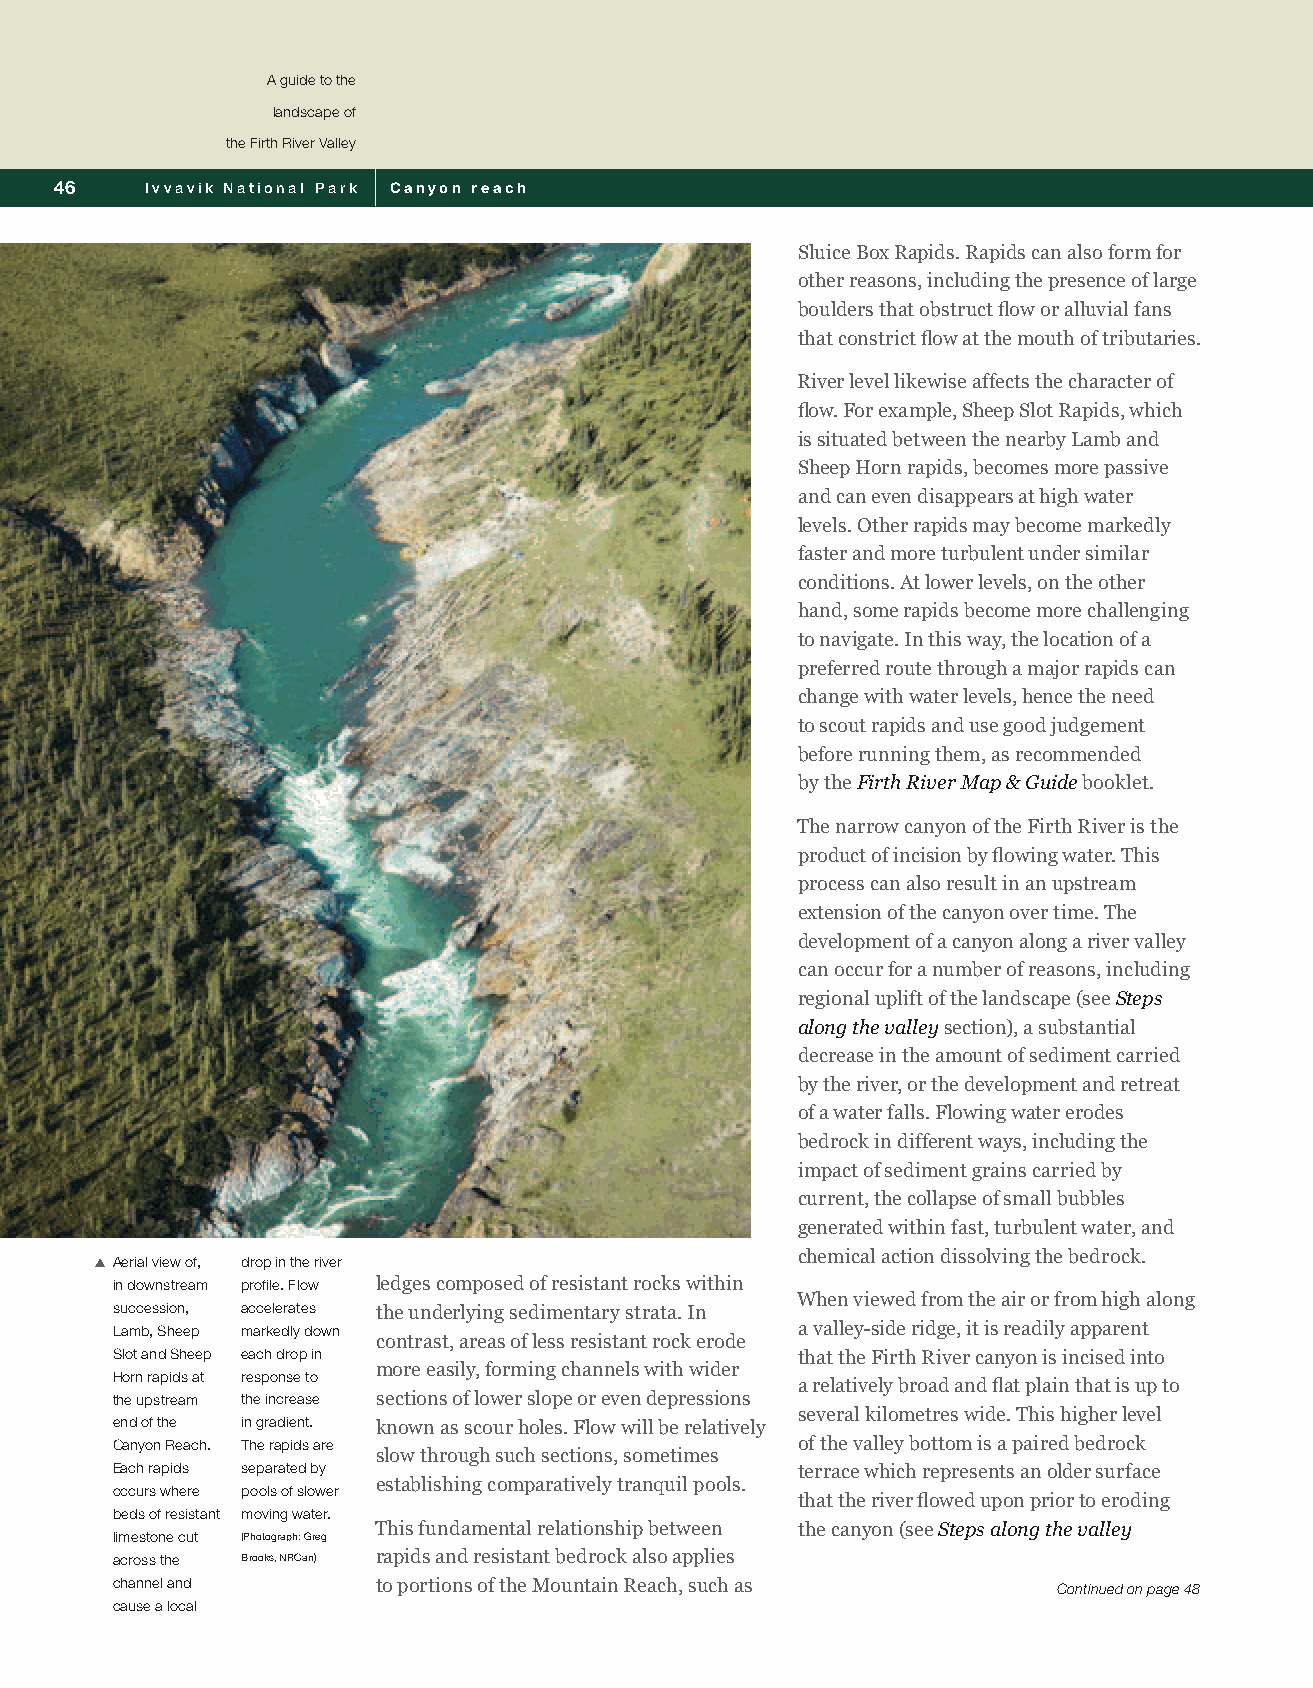
A guide to the
 landscape of
 the Firth River Valley
 46    Ivvavik National Park Canyon reach
 Sluice Box Rapids. Rapids can also form for
 other reasons, including the presence of large
 boulders that obstruct flow or alluvial fans
 that constrict flow at the mouth of tributaries.
 River level likewise affects the character of
 flow. For example, Sheep Slot Rapids, which
 is situated between the nearby Lamb and
 Sheep Horn rapids, becomes more passive
 and can even disappears at high water
 levels. Other rapids may become markedly
 faster and more turbulent under similar
 conditions. At lower levels, on the other
 hand, some rapids become more challenging
 to navigate. In this way, the location of a
 preferred route through a major rapids can
 change with water levels, hence the need
 to scout rapids and use good judgement
 before running them, as recommended
 by the Firth River Map & Guide booklet.
 The narrow canyon of the Firth River is the
 product of incision by flowing water. This
 process can also result in an upstream
 extension of the canyon over time. The
 development of a canyon along a river valley
 can occur for a number of reasons, including
 regional uplift of the landscape (see Steps
 along the valley section), a substantial
 decrease in the amount of sediment carried
 by the river, or the development and retreat
 of a water falls. Flowing water erodes
 bedrock in different ways, including the
 impact of sediment grains carried by
 current, the collapse of small bubbles
 generated within fast, turbulent water, and
 chemical action dissolving the bedrock.
 SXAerial view of, drop in the river
 in downstream profile. Flow ledges composed of resistant rocks within
 When viewed from the air or from high along
 succession, accelerates the underlying sedimentary strata. In
 Lamb, Sheep markedly down                     a valley-side ridge, it is readily apparent
 contrast, areas of less resistant rock erode
 Slot and Sheep each drop in                   that the Firth River canyon is incised into
 more easily, forming channels with wider
 Horn rapids at response to
 a relatively broad and flat plain that is up to
 the upstream the increase sections of lower slope or even depressions
 several kilometres wide. This higher level
 end of the in gradient. known as scour holes. Flow will be relatively
 Canyon Reach. The rapids are                  of the valley bottom is a paired bedrock
 slow through such sections, sometimes
 Each rapids separated by                      terrace which represents an older surface
 establishing comparatively tranquil pools.
 occurs where pools of slower
 that the river flowed upon prior to eroding
 beds of resistant moving water.
 This fundamental relationship between the canyon (see Steps along the valley
 limestone cut (Photograph: Greg
 across the Brooks, NRCan) rapids and resistant bedrock also applies
 channel and       to portions of the Mountain Reach, such as   Continued on page 48
 cause a local